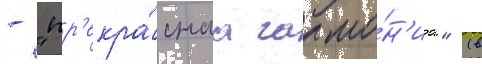
- "пр'екра́снаа гармо́н'иа" (в